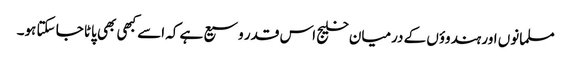
مسلمانوں اور ہندوؤں کے درمیان خلیج اس قدر وسیع ہے کہ اسے کبھی بھی پاٹا جا سکتا ہو۔